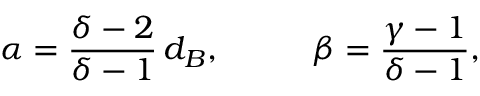
\alpha = \frac { \delta - 2 } { \delta - 1 } \, d _ { B } , \; \; \; \; \; \; \; \; \; \; \beta = \frac { \gamma - 1 } { \delta - 1 } ,